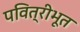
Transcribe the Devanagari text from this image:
पवित्रीभूत